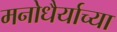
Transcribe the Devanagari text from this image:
मनोधैर्याच्या